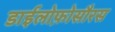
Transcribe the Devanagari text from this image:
डाईलोफ़ोसौरस